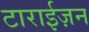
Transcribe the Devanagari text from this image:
टाराईज़न